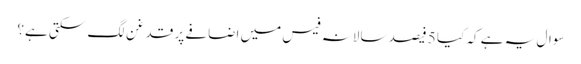
سوال یہ ہے کہ کیا 5 فیصد سالانہ فیس میں اضافے پر قدغن لگ سکتی ہے؟